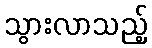
သွားလာသည့်